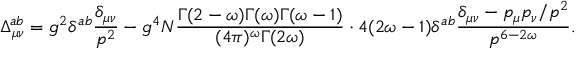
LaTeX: \Delta _ { \mu \nu } ^ { a b } = g ^ { 2 } \delta ^ { a b } \frac { \delta _ { \mu \nu } } { p ^ { 2 } } - g ^ { 4 } N \frac { \Gamma ( 2 - \omega ) \Gamma ( \omega ) \Gamma ( \omega - 1 ) } { ( 4 \pi ) ^ { \omega } \Gamma ( 2 \omega ) } \cdot 4 ( 2 \omega - 1 ) \delta ^ { a b } \frac { \delta _ { \mu \nu } - p _ { \mu } p _ { \nu } / p ^ { 2 } } { p ^ { 6 - 2 \omega } } .